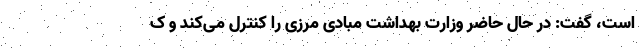
است، گفت: در حال حاضر وزارت بهداشت مبادی مرزی را کنترل می‌کند و ک